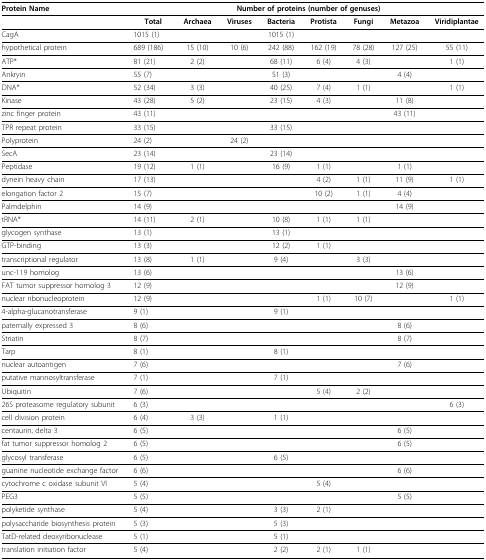
<table><thead><tr><td rowspan="2"><b>Protein Name</b></td><td colspan="8"><b>Number of proteins (number of genuses)</b></td></tr></thead><tbody><tr><td></td><td><b>Total</b></td><td><b>Archaea</b></td><td><b>Viruses</b></td><td><b>Bacteria</b></td><td><b>Protista</b></td><td><b>Fungi</b></td><td><b>Metazoa</b></td><td><b>Viridiplantae</b></td></tr><tr><td>CagA</td><td>1015(1)</td><td></td><td></td><td>1015(1)</td><td></td><td></td><td></td><td></td></tr><tr><td>hypothetical protein</td><td>689(186)</td><td>15(10)</td><td>10(6)</td><td>242(88)</td><td>162(19)</td><td>78(28)</td><td>127(25)</td><td>55(11)</td></tr><tr><td>ATP*</td><td>81(21)</td><td>2(2)</td><td></td><td>68(11)</td><td>6(4)</td><td>4(3)</td><td></td><td>1(1)</td></tr><tr><td>Ankryin</td><td>55(7)</td><td></td><td></td><td>51(3)</td><td></td><td></td><td>4(4)</td><td></td></tr><tr><td>DNA*</td><td>52(34)</td><td>3(3)</td><td></td><td>40(25)</td><td>7(4)</td><td>1(1)</td><td></td><td>1(1)</td></tr><tr><td>Kinase</td><td>43(28)</td><td>5(2)</td><td></td><td>23(15)</td><td>4(3)</td><td></td><td>11(8)</td><td></td></tr><tr><td>zinc finger protein</td><td>43(11)</td><td></td><td></td><td></td><td></td><td></td><td>43(11)</td><td></td></tr><tr><td>TPR repeat protein</td><td>33(15)</td><td></td><td></td><td>33(15)</td><td></td><td></td><td></td><td></td></tr><tr><td>Polyprotein</td><td>24(2)</td><td></td><td>24(2)</td><td></td><td></td><td></td><td></td><td></td></tr><tr><td>SecA</td><td>23(14)</td><td></td><td></td><td>23(14)</td><td></td><td></td><td></td><td></td></tr><tr><td>Peptidase</td><td>19(12)</td><td>1(1)</td><td></td><td>16(9)</td><td>1(1)</td><td></td><td>1(1)</td><td></td></tr><tr><td>dynein heavy chain</td><td>17(13)</td><td></td><td></td><td></td><td>4(2)</td><td>1(1)</td><td>11(9)</td><td>1(1)</td></tr><tr><td>elongation factor 2</td><td>15(7)</td><td></td><td></td><td></td><td>10(2)</td><td>1(1)</td><td>4(4)</td><td></td></tr><tr><td>Palmdelphin</td><td>14(9)</td><td></td><td></td><td></td><td></td><td></td><td>14(9)</td><td></td></tr><tr><td>tRNA*</td><td>14(11)</td><td>2(1)</td><td></td><td>10(8)</td><td>1(1)</td><td>1(1)</td><td></td><td></td></tr><tr><td>glycogen synthase</td><td>13(1)</td><td></td><td></td><td>13(1)</td><td></td><td></td><td></td><td></td></tr><tr><td>GTP-binding</td><td>13(3)</td><td></td><td></td><td>12(2)</td><td>1(1)</td><td></td><td></td><td></td></tr><tr><td>transcriptional regulator</td><td>13(8)</td><td>1(1)</td><td></td><td>9(4)</td><td></td><td>3(3)</td><td></td><td></td></tr><tr><td>unc-119 homolog</td><td>13(6)</td><td></td><td></td><td></td><td></td><td></td><td>13(6)</td><td></td></tr><tr><td>FAT tumor suppressor homolog 3</td><td>12(9)</td><td></td><td></td><td></td><td></td><td></td><td>12(9)</td><td></td></tr><tr><td>nuclear ribonucleoprotein</td><td>12(9)</td><td></td><td></td><td></td><td>1(1)</td><td>10(7)</td><td></td><td>1(1)</td></tr><tr><td>4-alpha-glucanotransferase</td><td>9(1)</td><td></td><td></td><td>9(1)</td><td></td><td></td><td></td><td></td></tr><tr><td>paternally expressed 3</td><td>8(6)</td><td></td><td></td><td></td><td></td><td></td><td>8(6)</td><td></td></tr><tr><td>Striatin</td><td>8(7)</td><td></td><td></td><td></td><td></td><td></td><td>8(7)</td><td></td></tr><tr><td>Tarp</td><td>8(1)</td><td></td><td></td><td>8(1)</td><td></td><td></td><td></td><td></td></tr><tr><td>nuclear autoantigen</td><td>7(6)</td><td></td><td></td><td></td><td></td><td></td><td>7(6)</td><td></td></tr><tr><td>putative mannosyltransferase</td><td>7(1)</td><td></td><td></td><td>7(1)</td><td></td><td></td><td></td><td></td></tr><tr><td>Ubiquitin</td><td>7(6)</td><td></td><td></td><td></td><td>5(4)</td><td>2(2)</td><td></td><td></td></tr><tr><td>26S proteasome regulatory subunit</td><td>6(3)</td><td></td><td></td><td></td><td></td><td></td><td></td><td>6(3)</td></tr><tr><td>cell division protein</td><td>6(4)</td><td>3(3)</td><td></td><td>1(1)</td><td></td><td></td><td></td><td></td></tr><tr><td>centaurin, delta 3</td><td>6(5)</td><td></td><td></td><td></td><td></td><td></td><td>6(5)</td><td></td></tr><tr><td>fat tumor suppressor homolog 2</td><td>6(5)</td><td></td><td></td><td></td><td></td><td></td><td>6(5)</td><td></td></tr><tr><td>glycosyl transferase</td><td>6(5)</td><td></td><td></td><td>6(5)</td><td></td><td></td><td></td><td></td></tr><tr><td>guanine nucleotide exchange factor</td><td>6(6)</td><td></td><td></td><td></td><td></td><td></td><td>6(6)</td><td></td></tr><tr><td>cytochrome c oxidase subunit VI</td><td>5(4)</td><td></td><td></td><td></td><td>5(4)</td><td></td><td></td><td></td></tr><tr><td>PEG3</td><td>5(5)</td><td></td><td></td><td></td><td></td><td></td><td>5(5)</td><td></td></tr><tr><td>polyketide synthase</td><td>5(4)</td><td></td><td></td><td>3(3)</td><td>2(1)</td><td></td><td></td><td></td></tr><tr><td>polysaccharide biosynthesis protein</td><td>5(3)</td><td></td><td></td><td>5(3)</td><td></td><td></td><td></td><td></td></tr><tr><td>TatD-related deoxyribonuclease</td><td>5(1)</td><td></td><td></td><td>5(1)</td><td></td><td></td><td></td><td></td></tr><tr><td>translation initiation factor</td><td>5(4)</td><td></td><td></td><td>2(2)</td><td>2(1)</td><td>1(1)</td><td></td><td></td></tr></tbody></table>